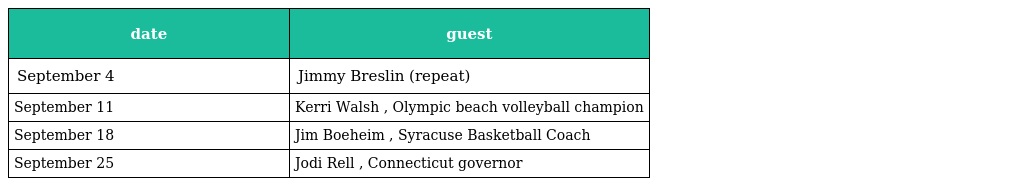
| date | guest |
 | --- | --- |
 | September 4 | Jimmy Breslin (repeat) |
 | September 11 | Kerri Walsh , Olympic beach volleyball champion |
 | September 18 | Jim Boeheim , Syracuse Basketball Coach |
 | September 25 | Jodi Rell , Connecticut governor |